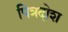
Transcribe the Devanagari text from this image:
पित्रदोश